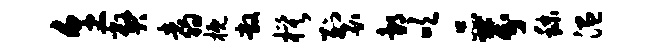
烹弊翥概敞模裂邰吹品芬秣温